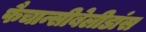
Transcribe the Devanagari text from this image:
फैचान्सीबेलीडांस